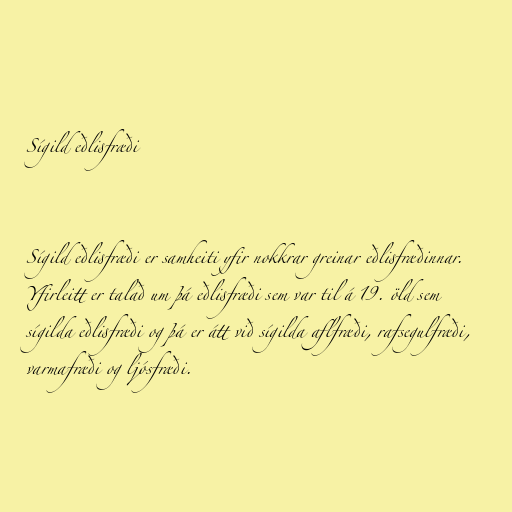
Sígild eðlisfræði

Sígild eðlisfræði er samheiti yfir nokkrar greinar eðlisfræðinnar.
Yfirleitt er talað um þá eðlisfræði sem var til á 19. öld sem
sígilda eðlisfræði og þá er átt við sígilda aflfræði, rafsegulfræði,
varmafræði og ljósfræði.